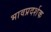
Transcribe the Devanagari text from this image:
भावप्रदर्शक